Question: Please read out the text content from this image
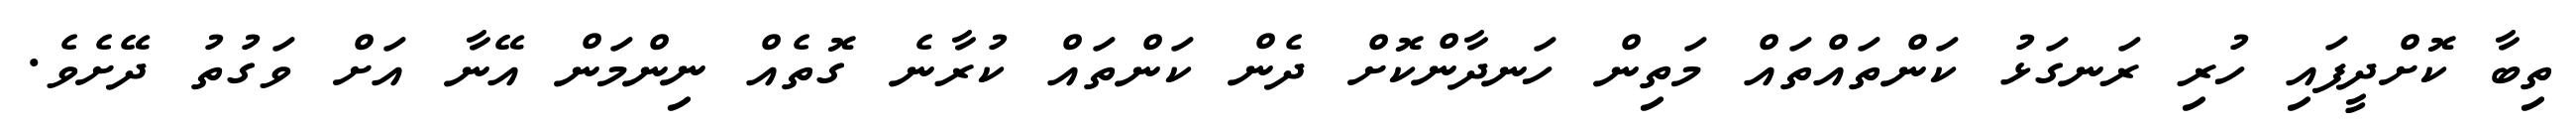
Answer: ތިބާ ކޮށްދީފައި ހުރި ރަނގަޅު ކަންތައްތައް މަތިން ހަނދާންކޮށް ދެން ކަންތައް ކުރާނެ ގޮތެއް ނިންމަން އޭނާ އަށް ވަގުތު ދޭށެވެ.